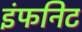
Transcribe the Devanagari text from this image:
इंफनिट